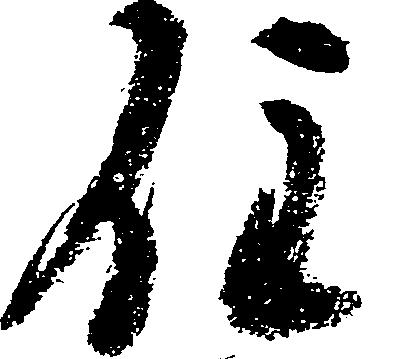
住